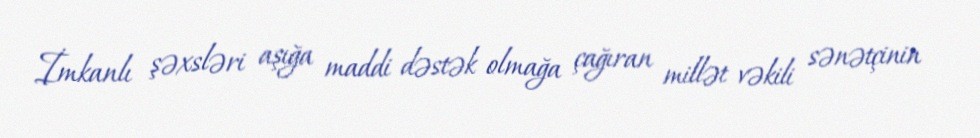
İmkanlı şəxsləri aşığa maddi dəstək olmağa çağıran millət vəkili sənətçinin